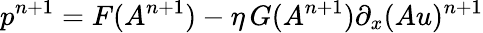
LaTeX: p^{n+1}=F(A^{n+1})-\eta\, G(A^{n+1})\partial_{x}(Au)^{n+1}